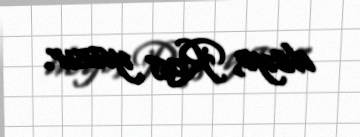
deyə, Ross yazır.